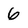
Character: 6